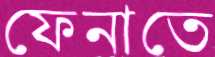
ফেনাতে